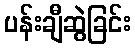
ပန်းချီဆွဲခြင်း